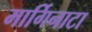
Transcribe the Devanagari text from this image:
मार्गिनाटा